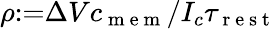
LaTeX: \rho{:=}\Delta Vc_{\mathrm{~m~e~m~}}/I_{c}\tau_{\mathrm{~r~e~s~t~}}